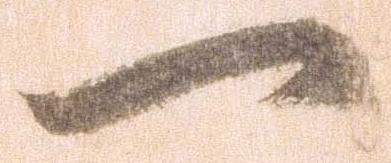
一